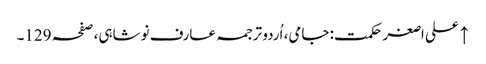
↑ علی اصغر حکمت: جامی، اُردو ترجمہ عارف نوشاہی، صفحہ 129۔